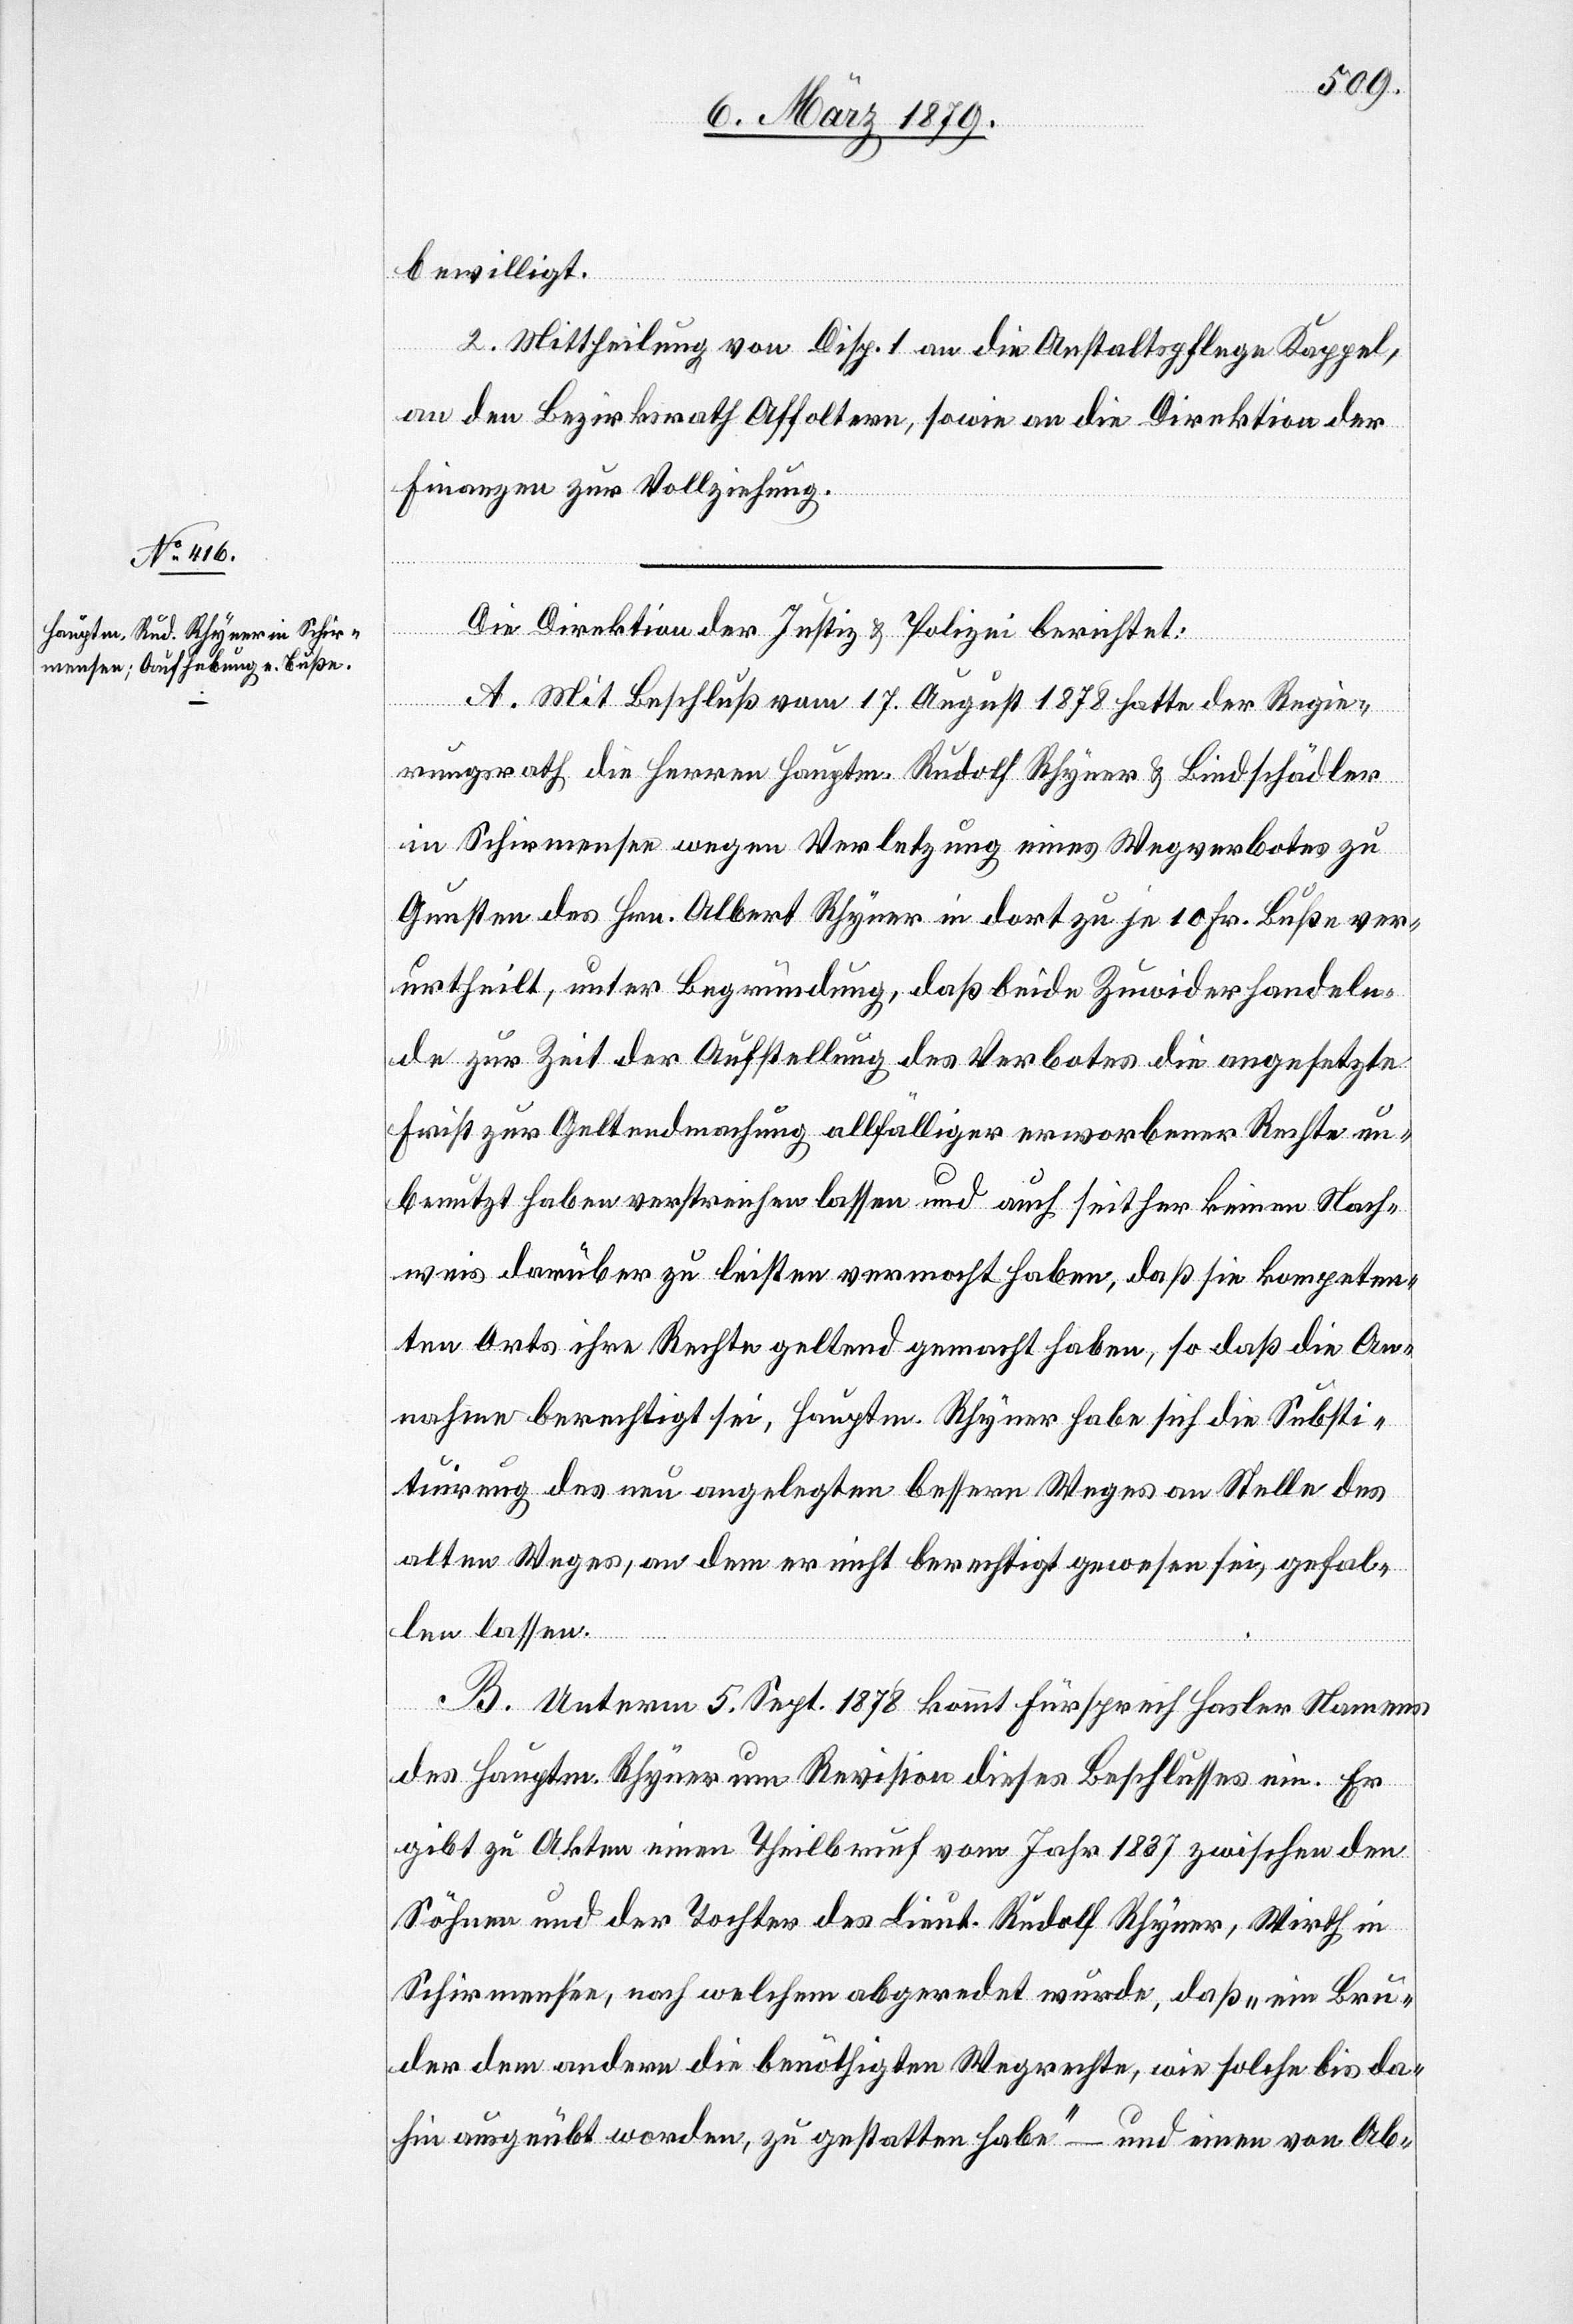
bewilligt.
2. Mittheilung von Disp. 1 an die Anstaltspflege,
an den Bezirksrath Affoltern, sowie an die Direktion der
Finanzen zur Vollziehung.
Die Direktion der Justiz & Polizei berichtet:
A. Mit Beschluß vom 17. August 1878 hatte der Regie¬
rungsrath die Herren Hauptm. Rudolf Rhyner & Bindschädler
in Schirmensee wegen Verletzung eines Wegverbots zu
Gunsten des Hrn. Albert Rhyner in dort zu je 10 Fr. Buße ver¬
urtheilt, unter Begründung, daß beide Zuwiderhandeln¬
de zur Zeit der Aufstellung des Verbotes die angesetzte
Frist zur Geltendmachung allfälliger erworbener Rechte un¬
benutzt haben verstreichen lassen und auch seither keinen Nach¬
weis darüber zu leisten vermocht haben, daß sie kompeten¬
ten Orts ihre Rechte geltend gemacht haben, so daß die An¬
nahme berechtigt sei, Hauptm. Rhyner habe sich die Substi¬
tuirung des neu angelegten bessern Weges an Stelle des
alten Weges, an dem er nicht berechtigt gewesen sei, gefal¬
len lassen.
B. Unterm 5. Sept. 1878 kommt Fürsprech Hasler Namens
des Hauptm. Rhyner um Revision dieses Beschlusses ein. Er
gibt zu Akten einen Theilbrief vom Jahr 1837 zwischen den
Söhnen und der Tochter des Lieut. Rudolf Rhyner, Wirth in
Schirmensee, nach welchem abgeredet wurde, daß „ein Bru¬
der dem andern die benöthigten Wegrechte, wie solche bis da¬
hin ausgeübt worden, zu gestatten habe“ – und einen von Ab-